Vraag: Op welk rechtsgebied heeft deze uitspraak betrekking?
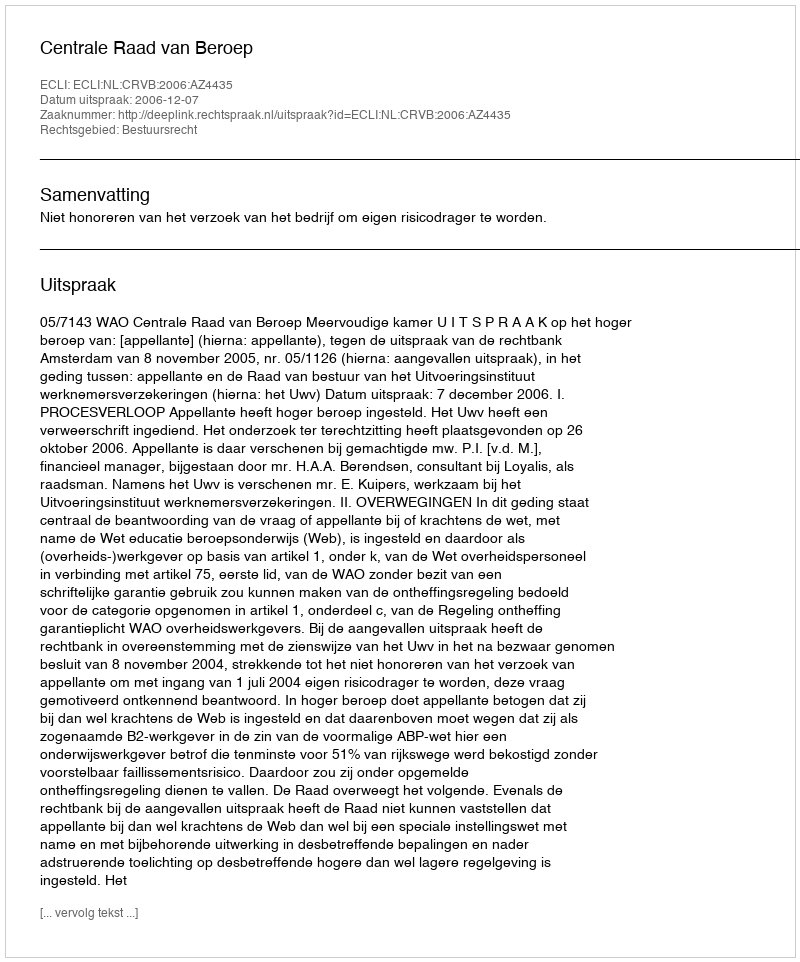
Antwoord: Bestuursrecht